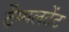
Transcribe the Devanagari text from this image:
टेंम्पलटेंट